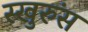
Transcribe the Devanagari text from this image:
स्खुरुंस